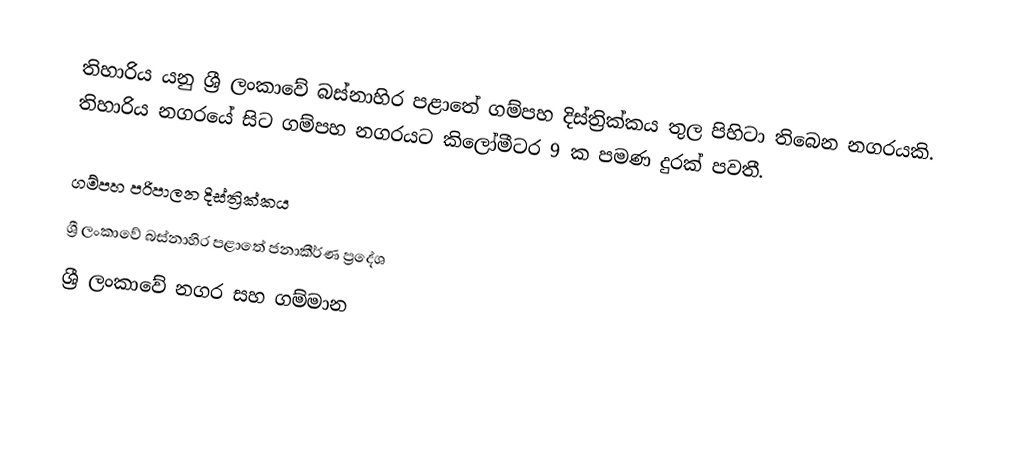
තිහාරිය යනු ශ්‍රී ලංකාවේ බස්නාහිර පළාතේ ගම්පහ දිස්ත්‍රික්කය තුල පිහිටා තිබෙන නගරයකි. තිහාරිය නගරයේ සිට ගම්පහ නගරයට කිලෝමීටර 9 ක පමණ දුරක් පවතී.

ගම්පහ පරිපාලන දිස්ත්‍රික්කය
ශ්‍රී ලංකාවේ බස්නාහිර පළාතේ ජනාකීර්ණ ප්‍රදේශ
ශ්‍රී ලංකාවේ නගර සහ ගම්මාන